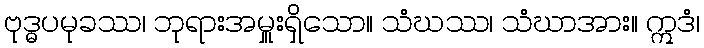
ဗုဒ္ဓပမုခဿ၊ ဘုရားအမှူးရှိသော။ သံဃဿ၊ သံဃာအား။ ဣဒံ၊